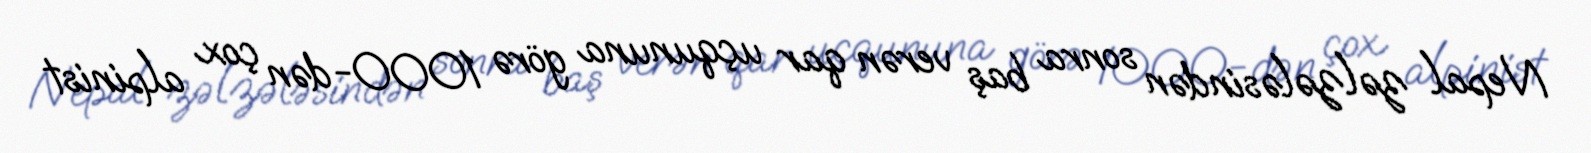
Nepal zəlzələsindən sonra baş verən qar uçqununa görə 1000-dən çox alpinist